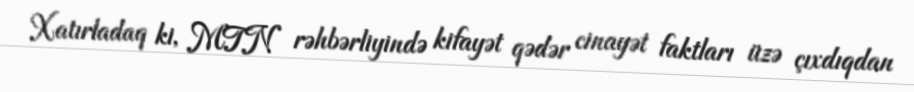
Xatırladaq ki, MTN rəhbərliyində kifayət qədər cinayət faktları üzə çıxdıqdan